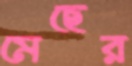
মেছের